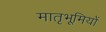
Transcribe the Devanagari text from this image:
मातृभूमियों